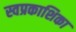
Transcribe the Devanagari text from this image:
स्वप्रकाशिका